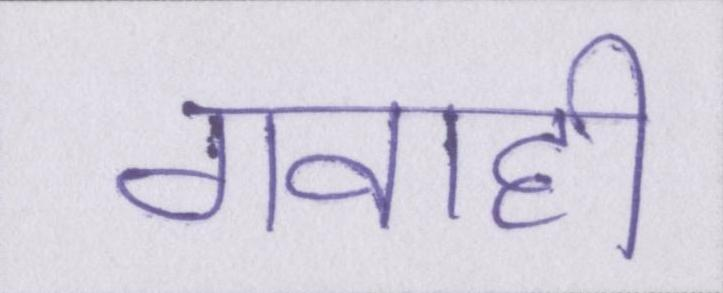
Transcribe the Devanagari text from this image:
गवाही